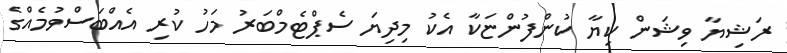
ރަޝިޔާ ވިޝަން ކިޔާ ކުންފުންޏަކާ އެކު މިދިޔަ ސެޕްޓެމްބަރު މަހު ކުރި އެއްބަސްވުމެއްގެ